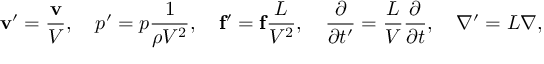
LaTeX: \mathbf { v } ^ { \prime } = { \frac { \mathbf { v } } { V } } , \quad p ^ { \prime } = p { \frac { 1 } { \rho V ^ { 2 } } } , \quad \mathbf { f } ^ { \prime } = \mathbf { f } { \frac { L } { V ^ { 2 } } } , \quad { \frac { \partial } { \partial t ^ { \prime } } } = { \frac { L } { V } } { \frac { \partial } { \partial t } } , \quad \nabla ^ { \prime } = L \nabla ,